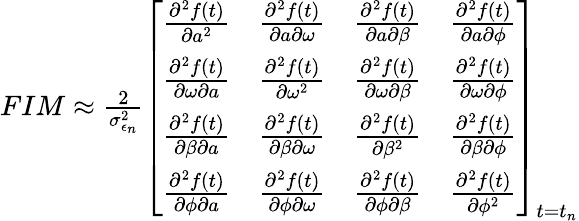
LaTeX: \begin{array}{r}{FIM\approx\frac{2}{\sigma_{\epsilon_{n}}^{2}}\left[\begin{array}{llll}{\frac{\partial^{2}f(t)}{\partial a^{2}}}&{\frac{\partial^{2}f(t)}{\partial a\partial\omega}}&{\frac{\partial^{2}f(t)}{\partial a\partial\beta}}&{\frac{\partial^{2}f(t)}{\partial a\partial\phi}}\\ {\frac{\partial^{2}f(t)}{\partial\omega\partial a}}&{\frac{\partial^{2}f(t)}{\partial\omega^{2}}}&{\frac{\partial^{2}f(t)}{\partial\omega\partial\beta}}&{\frac{\partial^{2}f(t)}{\partial\omega\partial\phi}}\\ {\frac{\partial^{2}f(t)}{\partial\beta\partial a}}&{\frac{\partial^{2}f(t)}{\partial\beta\partial\omega}}&{\frac{\partial^{2}f(t)}{\partial\beta^{2}}}&{\frac{\partial^{2}f(t)}{\partial\beta\partial\phi}}\\ {\frac{\partial^{2}f(t)}{\partial\phi\partial a}}&{\frac{\partial^{2}f(t)}{\partial\phi\partial\omega}}&{\frac{\partial^{2}f(t)}{\partial\phi\partial\beta}}&{\frac{\partial^{2}f(t)}{\partial\phi^{2}}}\end{array}\right]_{t=t_{n}}}\end{array}